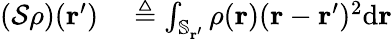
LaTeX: \begin{array}{rl}{(\mathcal{S}\rho)(\mathbf{r}^{\prime})}&{{}\triangleq\int_{\mathbb{S}_{\mathbf{r}^{\prime}}}\rho(\mathbf{r})(\mathbf{r}-\mathbf{r}^{\prime})^{2}\mathrm{d}\mathbf{r}}\end{array}